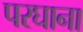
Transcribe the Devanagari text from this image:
परघाना